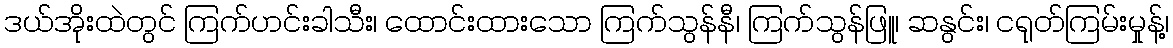
ဒယ်အိုးထဲတွင် ကြက်ဟင်းခါသီး၊ ထောင်းထားသော ကြက်သွန်နီ၊ ကြက်သွန်ဖြူ၊ ဆနွင်း၊ ငရုတ်ကြမ်းမှုန့်၊